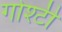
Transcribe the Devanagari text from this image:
गोश्टी